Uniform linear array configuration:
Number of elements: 64
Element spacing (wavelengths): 1
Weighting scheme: kaiser
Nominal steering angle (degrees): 0
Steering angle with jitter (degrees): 0.7889
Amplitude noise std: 0.05
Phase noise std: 0.05

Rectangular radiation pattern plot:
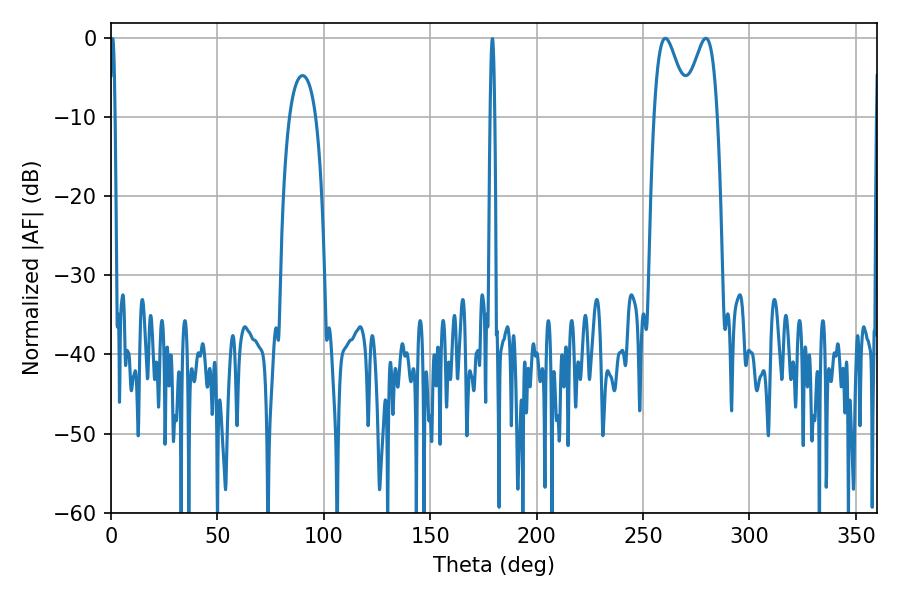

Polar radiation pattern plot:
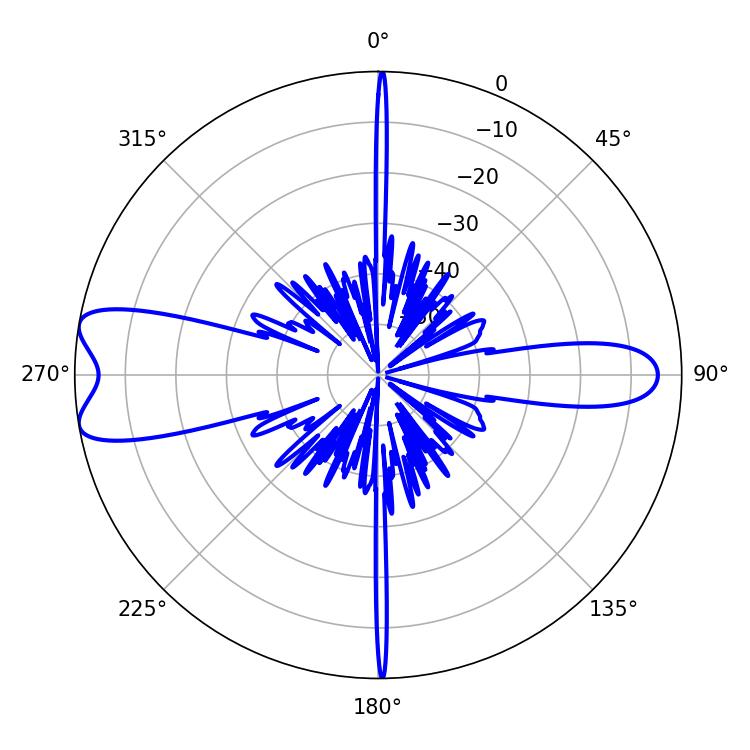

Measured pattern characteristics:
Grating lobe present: TRUE
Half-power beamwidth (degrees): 8.46
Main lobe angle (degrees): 260.46